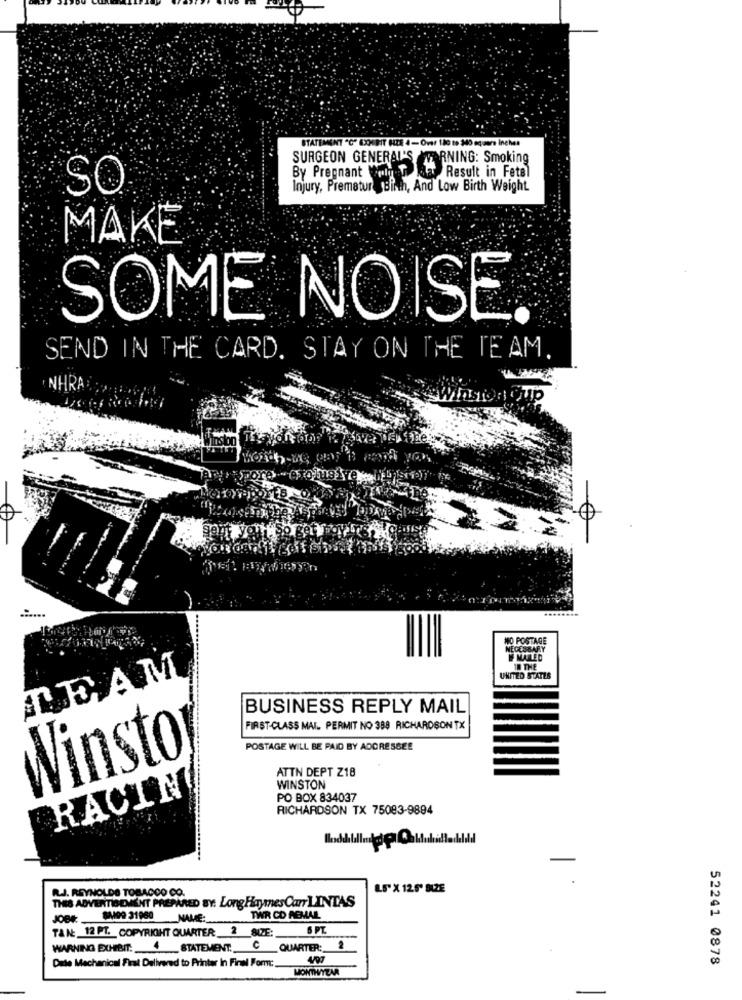
STATEMENT C" EXHIBIT HTE 4-Over 180 to 340 equere inches
SURGEON GENERAL'S WARNING: Smoking
By Pregnant Wong
Fiat Result in Fetel
SO
Injury, Prematur Birth, And Low Birth Weight
MAKE
SOME NOISE.
SEND IN THE CARD. STAY ON THE TEAM.
INHRA
........
NO POSTAGE
MEGE
IN THE
LEAM
UNITED STATES
BUSINESS REPLY MAIL
FIRST-CLASS MAI. PERMIT NO 388 RICHARDSON TX
POSTAGE WILL BE PAID BY ADDRESSEE
Winsto
ATTN DEPT Z18
RACIN
WINSTON
PO BOX 834037
RICHARDSON TX 75083-9894
IL.J. REYNOLDS TOBACCO CO.
LS" X 12.5" BIZE
THIS ADVERTISEMENT PREPARED BY. Long Haymes Can LINTAS
SMOO 31980 NAME:
TWR CD AEMAIL
TAN: 12 PT. COPYRIGHT QUARTER 2 SIZE:
6 PT
WARNING EXHIBIT: 4STATEMENT: C
QUARTER :_
Dale Mechanical Firat Delivered to Printer In Final Form:
52241 0878
MONTHYEAR